Indian journal of veterinary science and animal husbandry - Volume 5,
Year: 1935
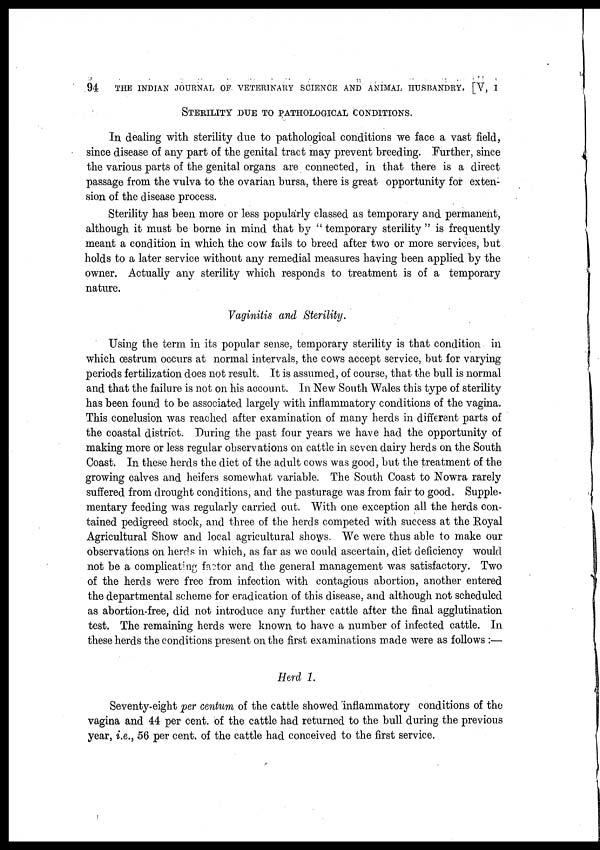
94
THE INDIAN JOURNAL OF VETERINARY SCIENCE AND ANIMAL HUSBANDRY. [V, I
STERILITY DUE TO PATHOLOGICAL CONDITIONS.
In dealing with sterility due to pathological conditions we face a vast field,
since disease of any part of the genital tract may prevent breeding. Further, since
the various parts of the genital organs are connected, in that there is a direct
passage from the vulva to the ovarian bursa, there is great opportunity for exten-
sion of the disease process.
Sterility has been more or less popularly classed as temporary and permanent,
although it must be borne in mind that by " temporary sterility " is frequently
meant a condition in which the cow fails to breed after two or more services, but
holds to a later service without any remedial measures having been applied by the
owner. Actually any sterility which responds to treatment is of a temporary
nature.
Vaginitis and Sterility.
Using the term in its popular sense, temporary sterility is that condition in
which œstrum occurs at normal intervals, the cows accept service, but for varying
periods fertilization does not result. It is assumed, of course, that the bull is normal
and that the failure is not on his account. In New South Wales this type of sterility
has been found to be associated largely with inflammatory conditions of the vagina.
This conclusion was reached after examination of many herds in different parts of
the coastal district. During the past four years we have had the opportunity of
making more or less regular observations on cattle in seven dairy herds on the South
Coast. In these herds the diet of the adult cows was good, but the treatment of the
growing calves and heifers somewhat variable. The South Coast to Nowra rarely
suffered from drought conditions, and the pasturage was from fair to good. Supple-
mentary feeding was regularly carried out. With one exception all the herds con-
tained pedigreed stock, and three of the herds competed with success at the Royal
Agricultural Show and local agricultural shows. We were thus able to make our
observations on herds in which, as far as we could ascertain, diet deficiency would
not be a complicating factor and the general management was satisfactory. Two
of the herds were free from infection with contagious abortion, another entered
the departmental scheme for eradication of this disease, and although not scheduled
as abortion-free, did not introduce any further cattle after the final agglutination
test. The remaining herds were known to have a number of infected cattle. In
these herds the conditions present on the first examinations made were as follows :—
Herd 1.
Seventy-eight per centum of the cattle showed inflammatory conditions of the
vagina and 44 per cent. of the cattle had returned to the bull during the previous
year, i.e., 56 per cent. of the cattle had conceived to the first service.